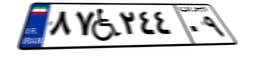
۸۷W۲۴۴۰۹